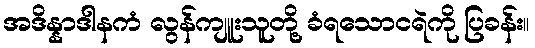
အဒိန္နာဒါနကံ လွန်ကျူးသူတို့ ခံရသောငရဲကို ပြခန်း။